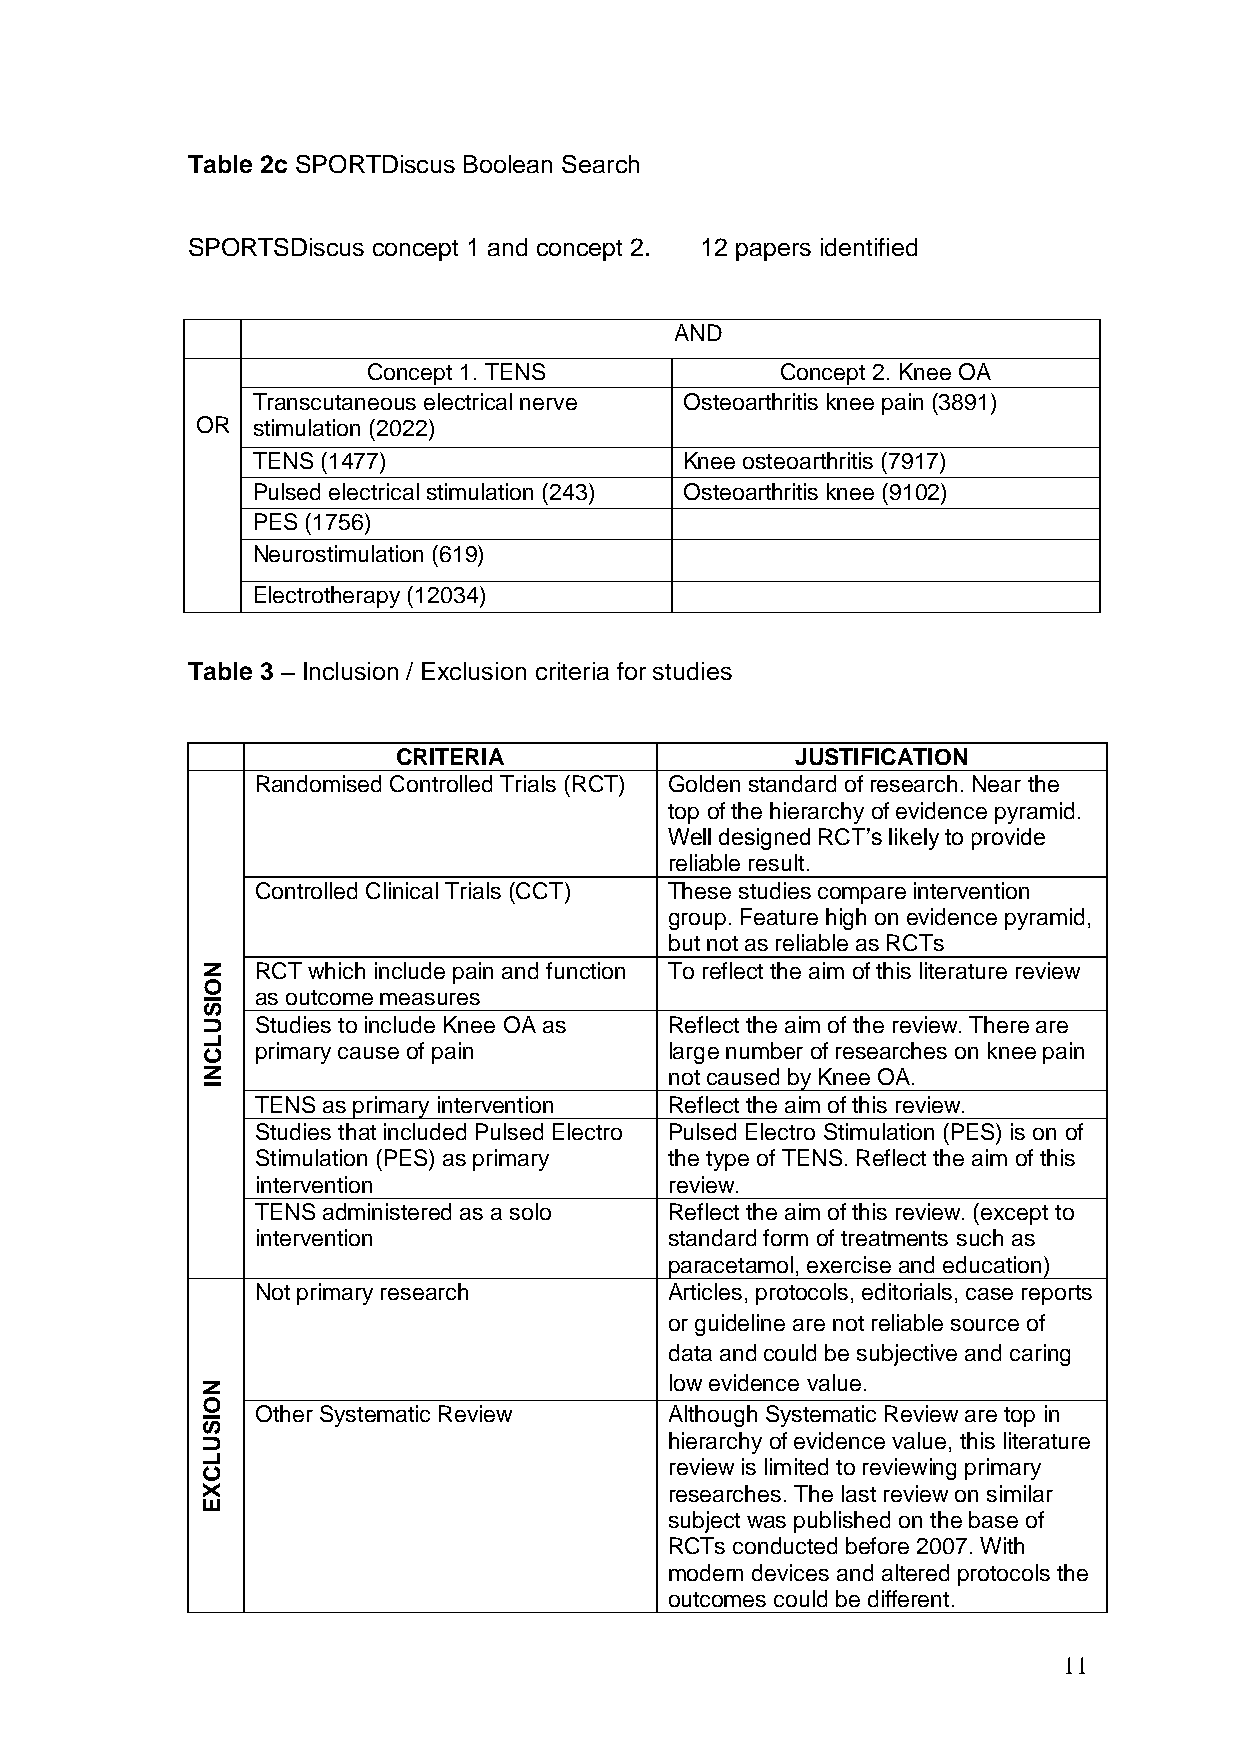
Table 2c SPORTDiscus Boolean Search
 SPORTSDiscus concept 1 and concept 2. 12 papers identified
 AND
 Concept 1. TENS             Concept 2. Knee OA
 Transcutaneous electrical nerve Osteoarthritis knee pain (3891)
 OR  stimulation (2022)
 TENS (1477)                 Knee osteoarthritis (7917)
 Pulsed electrical stimulation (243) Osteoarthritis knee (9102)
 PES (1756)
 Neurostimulation (619)
 Electrotherapy (12034)
 Table 3 – Inclusion / Exclusion criteria for studies
 CRITERIA                   JUSTIFICATION
 Randomised Controlled Trials (RCT) Golden standard of research. Near the
 top of the hierarchy of evidence pyramid.
 Well designed RCT’s likely to provide
 reliable result.
 Controlled Clinical Trials (CCT) These studies compare intervention
 group. Feature high on evidence pyramid,
 but not as reliable as RCTs
 N   RCT which include pain and function To reflect the aim of this literature review
 O
 as outcome measures
 I
 S
 U   Studies to include Knee OA as Reflect the aim of the review. There are
 L
 primary cause of pain      large number of researches on knee pain
 C
 N                              not caused by Knee OA.
 I
 TENS as primary intervention Reflect the aim of this review.
 Studies that included Pulsed Electro Pulsed Electro Stimulation (PES) is on of
 Stimulation (PES) as primary the type of TENS. Reflect the aim of this
 intervention               review.
 TENS administered as a solo Reflect the aim of this review. (except to
 intervention               standard form of treatments such as
 paracetamol, exercise and education)
 Not primary research       Articles, protocols, editorials, case reports
 or guideline are not reliable source of
 data and could be subjective and caring
 N                              low evidence value.
 O
 Other Systematic Review    Although Systematic Review are top in
 I
 S
 U                              hierarchy of evidence value, this literature
 L                              review is limited to reviewing primary
 C
 X                              researches. The last review on similar
 E
 subject was published on the base of
 RCTs conducted before 2007. With
 modern devices and altered protocols the
 outcomes could be different.
 11